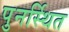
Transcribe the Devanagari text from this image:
पुनर्स्थित